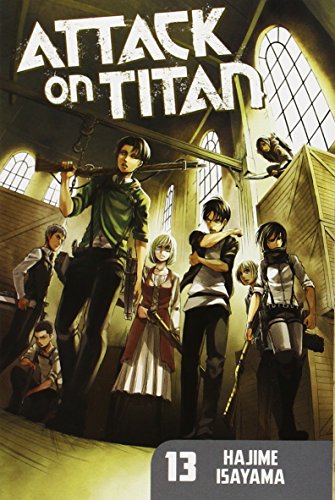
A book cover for Attack on Titan 13; Hajime Isayama; Comics & Graphic Novels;